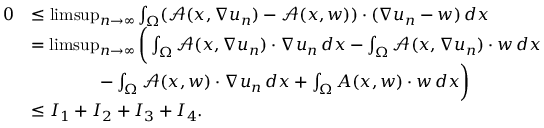
\begin{array} { r l } { 0 } & { \leq \operatorname* { l i m s u p } _ { n \to \infty } \int _ { \Omega } ( { \mathcal { A } } ( x , \nabla u _ { n } ) - { \mathcal { A } } ( x , w ) ) \cdot ( \nabla u _ { n } - w ) \, d x } \\ & { = \operatorname* { l i m s u p } _ { n \to \infty } \bigg ( \int _ { \Omega } { \mathcal { A } } ( x , \nabla u _ { n } ) \cdot \nabla u _ { n } \, d x - \int _ { \Omega } { \mathcal { A } } ( x , \nabla u _ { n } ) \cdot w \, d x } \\ & { \qquad \qquad - \int _ { \Omega } { \mathcal { A } } ( x , w ) \cdot \nabla u _ { n } \, d x + \int _ { \Omega } A ( x , w ) \cdot w \, d x \bigg ) } \\ & { \leq I _ { 1 } + I _ { 2 } + I _ { 3 } + I _ { 4 } . } \end{array}